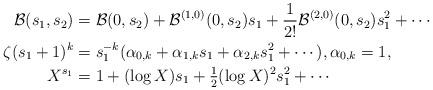
LaTeX: \begin{align*} \mathcal{B}(s_1,s_2) & = \mathcal{B}(0,s_2)+ \mathcal{B}^{(1,0)}(0,s_2)s_1 + \frac{1}{2!} \mathcal{B}^{(2,0)}(0,s_2)s_1^2 +\cdots \\ \zeta(s_1+1)^{k} & = s_1^{-k} (\alpha_{0,k}+ \alpha_{1,k} s_1 + \alpha_{2,k} s_1^2 + \cdots ), \alpha_{0,k} =1, \\ X^{s_1} & = 1 + (\log X) s_1 + \tfrac{1}{2} (\log X)^2 s_1^2 + \cdots \end{align*}